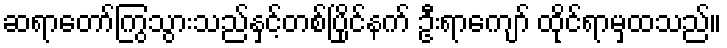
ဆရာတော်ကြွသွားသည်နှင့်တစ်ပြိုင်နက် ဦးရာကျော် ထိုင်ရာမှထသည်။